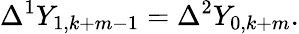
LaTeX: \Delta^{1}Y_{1,k+m-1}=\Delta^{2}Y_{0,k+m}.